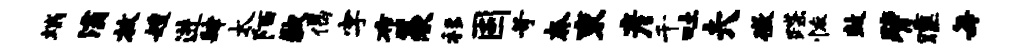
端灞放嫂进肆太陌歉偈字布羡移固苛奔束彦千吐夫徵蹀恢鼓臂曛每